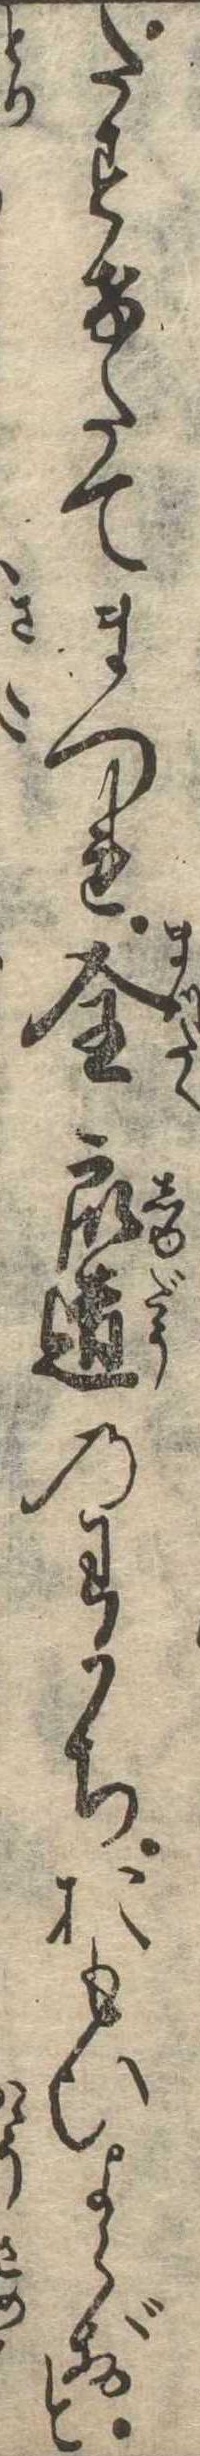
たすけたてまつれ全衆道のわかちおもひよらずと